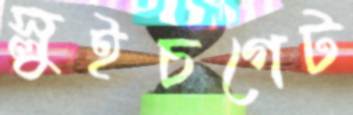
স্লুইচগেট